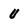
Character: U